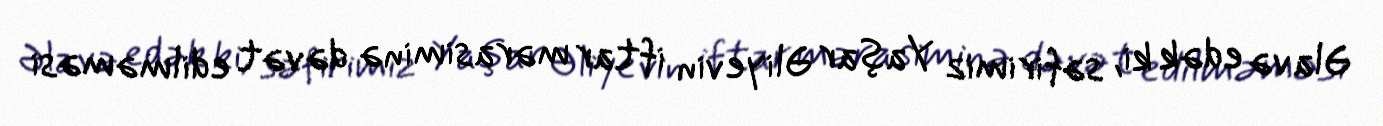
Əlavə edək ki, səfirimiz Yaşar Əliyevin iftar mərasiminə dəvət edilməməsi